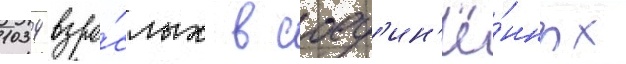
1034 взро́слых в соед'ин'ё́нных